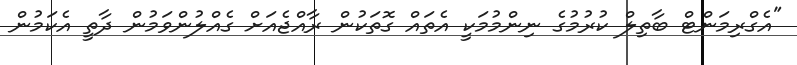
"އެގްރިމަންޓް ބާތިލް ކުރުމުގެ ނިންމުމަކީ އެތައް ގޮތަކުން ރާއްޖެއަށް ގެއްލުންވަމުން ދާތީ އެކަމުން